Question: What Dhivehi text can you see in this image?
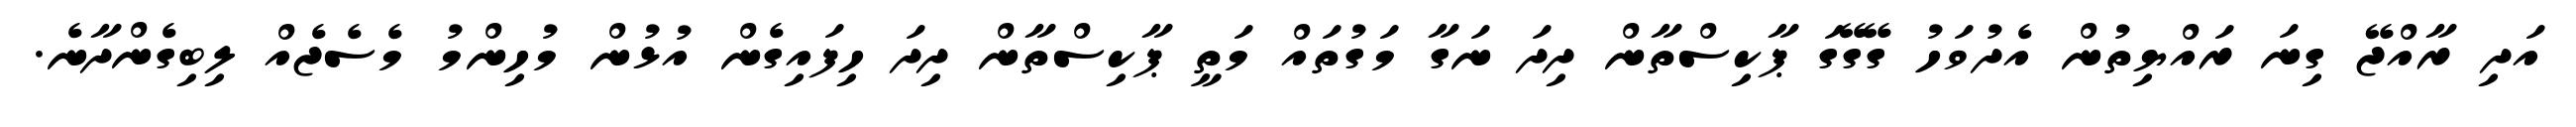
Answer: އަދި ރާއްޖޭ ގިނަ ރައްޔިތުން އެދުވަހު ގޭގޭގަ ޕާކިސްތާން ދިދަ ނަގާ މަގުތައް މަތީ ޕާކިސްތާން ދިދަ ހިފައިގެން އުޅުން މުހިންމު މެސެޖެއް ލިބިގެންދާނެ.